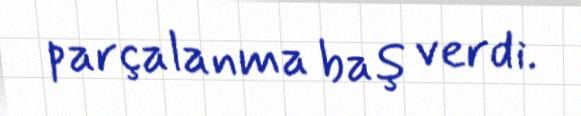
parçalanma baş verdi.